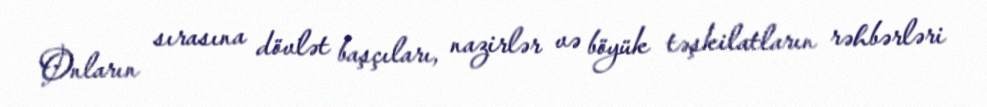
Onların sırasına dövlət başçıları, nazirlər və böyük təşkilatların rəhbərləri